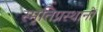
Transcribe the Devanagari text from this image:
स्मृतिप्रस्थानों